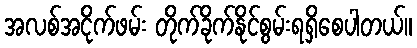
အလစ်အငိုက်ဖမ်း တိုက်ခိုက်နိုင်စွမ်းရရှိစေပါတယ်။